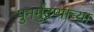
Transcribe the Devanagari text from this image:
पुनर्मुद्रणाच्या